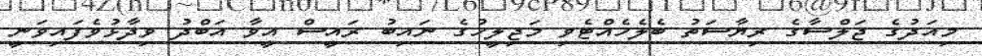
މިއަދުގެ ޖަލްސާގެ ރިޔާސަތު ބެލެހެއްޓެވި މަޖިލީހުގެ ނައިބު ރައީސް އީވާ އަބްދު ވިދާޅުވެފައިވަނީ